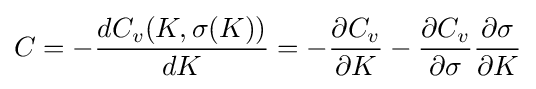
C=-{\frac {dC_{v}(K,\sigma (K))}{dK}}=-{\frac {\partial C_{v}}{\partial K}}-{\frac {\partial C_{v}}{\partial \sigma }}{\frac {\partial \sigma }{\partial K}}